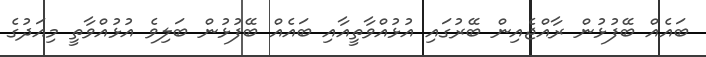
ބައެއް ބޭފުޅުން ރާއްޖެއިން ބޭރުގައި އުޅުއްވާތީއާއި ބައެއް ބޭފުޅުން ބަލިވެ އުޅުއްވާތީ މިއަދުގެ